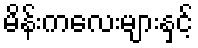
မိန်းကလေးများနှင့်